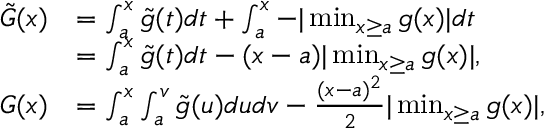
\begin{array} { r l } { \tilde { G } ( x ) } & { = \int _ { a } ^ { x } \tilde { g } ( t ) d t + \int _ { a } ^ { x } - | \operatorname* { m i n } _ { x \geq a } g ( x ) | d t } \\ & { = \int _ { a } ^ { x } \tilde { g } ( t ) d t - ( x - a ) | \operatorname* { m i n } _ { x \geq a } g ( x ) | , } \\ { G ( x ) } & { = \int _ { a } ^ { x } \int _ { a } ^ { v } \tilde { g } ( u ) d u d v - \frac { ( x - a ) ^ { 2 } } { 2 } | \operatorname* { m i n } _ { x \geq a } g ( x ) | , } \end{array}